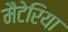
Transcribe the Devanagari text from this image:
मैटेरिया